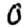
Digit: 0